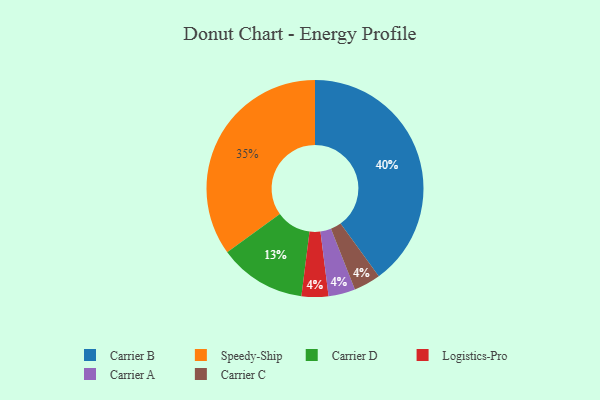
{"axis": {"x": "Category", "y": "Percentage"}, "legend": ["Carrier A", "Carrier B", "Carrier C", "Carrier D", "Logistics-Pro", "Speedy-Ship"], "data": [{"x": "Carrier D", "y": 13, "type": "Carrier D"}, {"x": "Logistics-Pro", "y": 4, "type": "Logistics-Pro"}, {"x": "Carrier B", "y": 40, "type": "Carrier B"}, {"x": "Carrier A", "y": 4, "type": "Carrier A"}, {"x": "Carrier C", "y": 4, "type": "Carrier C"}, {"x": "Speedy-Ship", "y": 35, "type": "Speedy-Ship"}]}